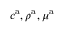
c ^ { \mathrm { a } } , \rho ^ { \mathrm { a } } , \mu ^ { \mathrm { a } }